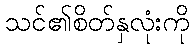
သင်၏စိတ်နှလုံးကို